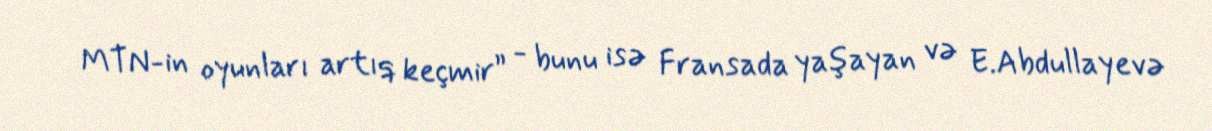
MTN-in oyunları artıq keçmir” - bunu isə Fransada yaşayan və E.Abdullayevə